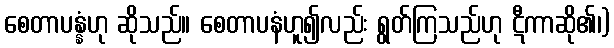
စေတာပန္နံဟု ဆိုသည်။ စေတာပနံဟူ၍လည်း ရွတ်ကြသည်ဟု ဋီကာဆို၏၊)